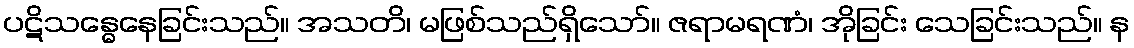
ပဋိသန္ဓေနေခြင်းသည်။ အသတိ၊ မဖြစ်သည်ရှိသော်။ ဇရာမရဏံ၊ အိုခြင်း သေခြင်းသည်။ န